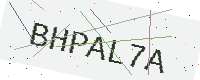
Text: BHPAL7A